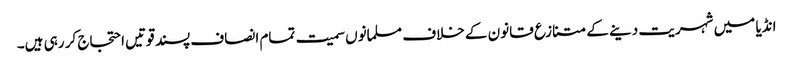
انڈیا میں شہریت دینے کے متنازع قانون کے خلاف مسلمانوں سمیت تمام انصاف پسند قوتیں احتجاج کر رہی ہیں۔